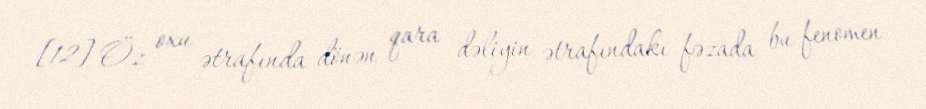
[12] Öz oxu ətrafında dönən qara dəliyin ətrafındakı fəzada bu fenomen